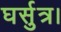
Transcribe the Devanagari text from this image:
घर्सुत्र।